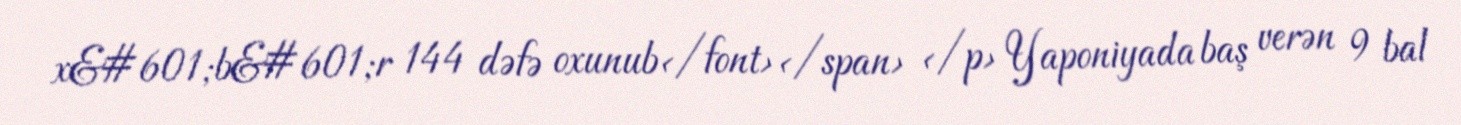
x&#601;b&#601;r 144 dəfə oxunub</font></span> </p> Yaponiyada baş verən 9 bal